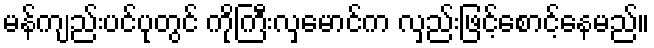
မန်ကျည်းပင်ပုတွင် ကိုကြီးလှမောင်က လှည်းဖြင့်စောင့်နေမည်။